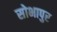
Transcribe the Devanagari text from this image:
सोभापुर